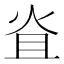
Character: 𤇙